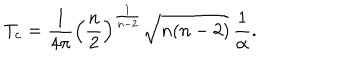
T _ { c } = \frac { 1 } { 4 \pi } \left( \frac { n } { 2 } \right) ^ { \frac { 1 } { n - 2 } } \sqrt { n ( n - 2 ) } \, \frac { 1 } { \alpha } .